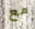
مع